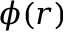
\phi ( r )